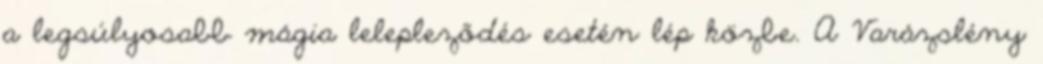
a legsúlyosabb mágia lelepleződés esetén lép közbe. A Varázslény